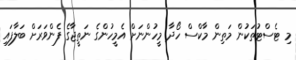
މި ޓެސްޓުތަކުން މަތިން މާކްސް ހޯދާ މީހުންނަށް އެމީހުންގެ ނަތީޖާގެ ފެންވަރަށް ބަލާފައި